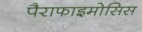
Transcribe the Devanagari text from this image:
पैराफाइमोसिस